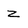
Character: z